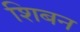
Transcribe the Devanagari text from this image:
शिबन